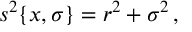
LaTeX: s ^ { 2 } \{ x , \sigma \} = r ^ { 2 } + \sigma ^ { 2 } \, ,